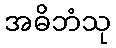
အဓိဘံသု